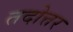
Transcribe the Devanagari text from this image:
तदोत्तर